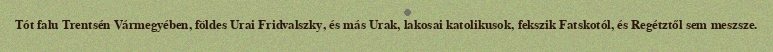
Tót falu Trentsén Vármegyében, földes Urai Fridvalszky, és más Urak, lakosai katolikusok, fekszik Fatskotól, és Regétztől sem meszsze.